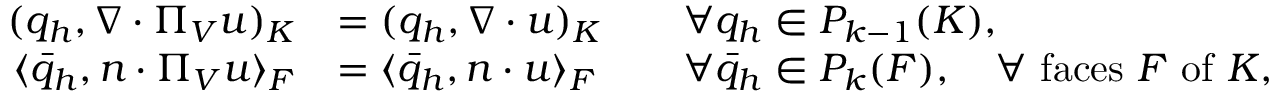
\begin{array} { r l r l } { ( q _ { h } , \nabla \cdot \Pi _ { V } u ) _ { K } } & { = ( q _ { h } , \nabla \cdot u ) _ { K } } & & { \forall q _ { h } \in P _ { k - 1 } ( K ) , } \\ { \langle \bar { q } _ { h } , n \cdot \Pi _ { V } u \rangle _ { F } } & { = \langle \bar { q } _ { h } , n \cdot u \rangle _ { F } } & & { \forall \bar { q } _ { h } \in P _ { k } ( F ) , \quad \forall \mathrm { ~ f a c e s ~ } F \mathrm { ~ o f ~ } K , } \end{array}